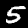
Digit: 5